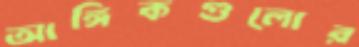
আঙ্গিকগুলোর